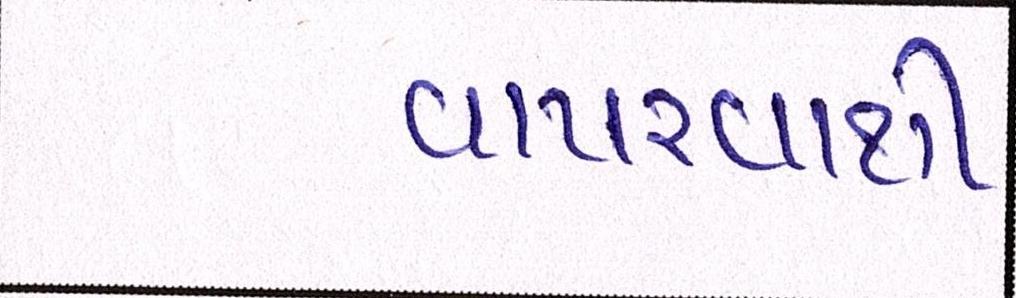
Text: વાપરવાથી